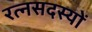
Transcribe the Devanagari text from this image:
रत्नसदस्यों